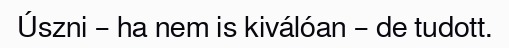
Úszni – ha nem is kiválóan – de tudott.